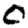
Digit: 0